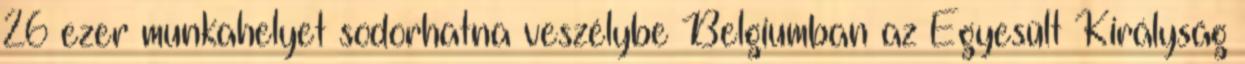
26 ezer munkahelyet sodorhatna veszélybe Belgiumban az Egyesült Királyság